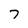
Character: 7